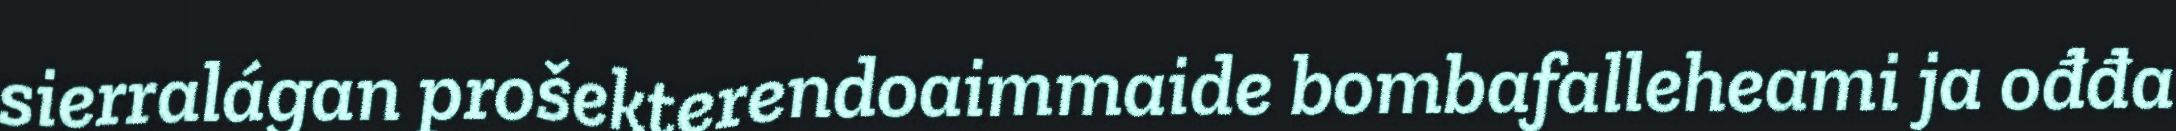
sierralágan prošekterendoaimmaide bombafalleheami ja ođđa